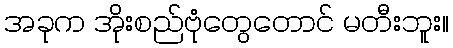
အခုက အိုးစည်ဗုံတွေတောင် မတီးဘူး။